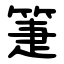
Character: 箑